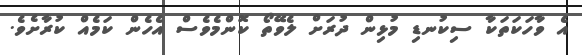
އެ ވާހަކަތަކާ ސިކުނޑި މުޅިން ދުރަށް ލެވޭތޯ ކޮންމެވެސް އެހެން ކަމެއް ކުރާށެވެ.